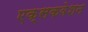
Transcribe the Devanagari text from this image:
एक्सकवेशन